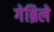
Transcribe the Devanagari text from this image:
गेब्रिले